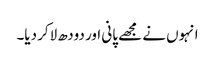
انہوں نے مجھے پانی اور دودھ لاکر دیا۔